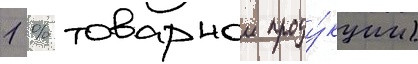
1 % товарнои проду́кции)